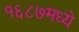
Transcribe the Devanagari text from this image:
१६८७मध्ये